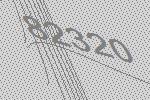
82320